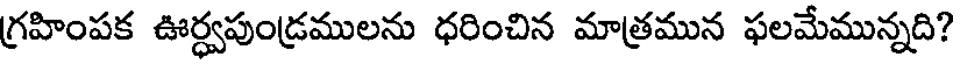
గ్రహింపక ఊర్ధ్వపుండ్రములను ధరించిన మాత్రమున ఫలమేమున్నది?